Annual report on the working of the lock hospitals in the Central Provinces
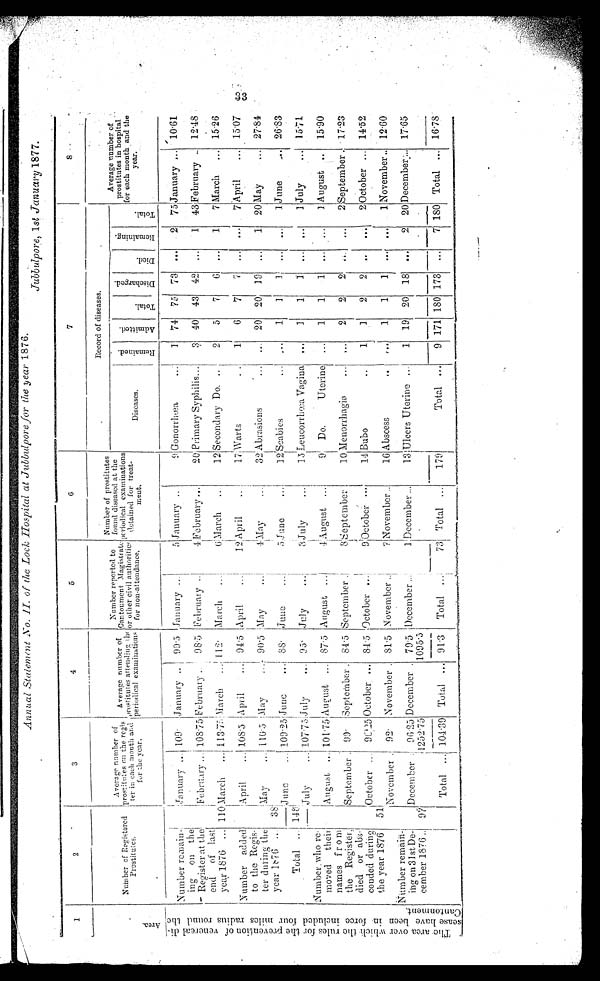
Annual Statement No. 1I. of the Lock Hospital at Jubbulpore for the year 1876.
Jubbulpore, 1 st January 1877.
1
2
3
4
5
6
7
8
A r e a .
N u m b e r o f R e g i s t e r e d P r o s t i t u t e s .
A v e r a g e n u m b e r o f p r o s t i t u t e s o n t h e r e g i s - t e r i n e a c h m o n t h a n d f o r t h e y e a r .
Average number of prost i t ut es at t endi ng t he peri odi cal exami nat i ons
Number r epor t ed t o Cant onment Magi st r at e or ot her ci vi l aut hor i t i cs f or non- at t endance.
Number of prostitutes
found diseased at the
periodical examinations
detained for treat-
ment.
Record of diseases.
Diseases.
R e m a i n e d .
A d m i t t e d .
T o t a l .
D i s c h a r g e d .
D i e d .
Remai ni ng.
T o t a l .
Average number of
prostitutes in hospital
for each month and th
e year.
T h e a r e a o v e r w h i c h t h e r u l e s f o r t h e p r e v e n t i o n o f v e n e r e a l d i - s e a s e h a v e b e e n i n f o r c e i n c l u d e d f o u r m i l e s r a d i u s r o u n d t h e C a n t o n m e n t .
Number remain-
ing on the
Register at the
end of last
year 1876
...
January ...
109·
January ..
99·5
January ...
5 January ..
9 Gonorrhœa ...
1
7 4
75
73
...
2
75 January ...
10·61
February... 108·75 February .. 98·5 February ..
4 February ...
20 Primary Syphilis...
3
40
43
42
. . .
1
4 3 February ..
12·4
110March
... 113 . 75 March
... 112 .
March
...
6 March ...
1 2 Secondary Do.
..
2
5
7
6
...
1
7 March
. . .
15·26
Number added
to the Regis-
ter during th
e year 1876
..
April
... 108·5
April
...
94·5 April
...
12 Apr i l . .
17 Warts
..
1
6
7
7
. . .
. . .
7 April
...
15·07
38
May
... 110·5 May ...
90·5 May ...
4
May ...
3 2 Abrasions
...
. . . 20
20
19
...
1
20 May
...
27·84
June
...
109·25June
...
88·
June
. . .
5 June
...
1 2 Seabies.
. .
. . .
1
1
1
. . .
. . .
1 June
...
26·83
Total
...
148
July... 107·75
J ul y . . .
95·
July ...
3 July
...
1·3
Leucorrhœa Vagina
...
1
1
1
. . .
. . .
1 July
...
15·71
Number. who re-
moved their '
names from
the Register
died or abs-
conded durin
g the year 1876
August ...
1 0 1 · 7 5 August ...
87·5 August
...
4 August ...
9
Do.
Uterine
...
1
1
1
. . .
. . .
1 August ..
15·90
September .
99·
September .
84·5 September .
8 September
10 Menorrhagia
. . .
. . .
2
2
2
. . . ...
2 September.
17·23
51
October
...
90·25 October
...
8 4 · 5 October ...
9
Oc t o b e r . . .
14 Bubo
..
1
1
2
2
..
...
2 October
...
14·52
November .
92·
November .
81 . 5
November ..
7 November ..
16 Abscess
..
. . .
1
1
1
. . .
. . .
1 November ..
12·60
Number remain-
ind on 31st De-
cember 1876..
97
December
96·35 December .
79·5
December ...
1 December ...
1 3
Ulcers Uterine ...
1
19
20
18
...
2
20 December ...
17·65
Total
...
104·39
Total
...
91·3
Total
...
7 3
Total
. . .
179
Total
...
9
171 180 173
...
7 180
Total
...
16·78
33